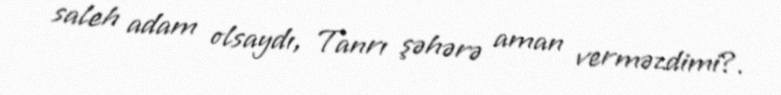
saleh adam olsaydı, Tanrı şəhərə aman verməzdimi?.